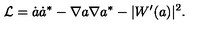
{ \cal L } = \dot { a } \dot { a } ^ { \ast } - \nabla a \nabla a ^ { \ast } - | W ^ { \prime } ( a ) | ^ { 2 } .